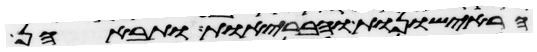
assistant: הראישונות והבריות ותבאנה